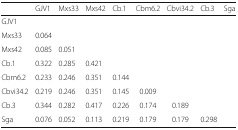
<table><thead><tr><td></td><td><b>GJV1</b></td><td><b>Mxs33</b></td><td><b>Mxs42</b></td><td><b>Cb.1</b></td><td><b>Cbm6.2</b></td><td><b>Cbvi34.2</b></td><td><b>Cb.3</b></td><td><b>Sga</b></td></tr></thead><tbody><tr><td>GJV1</td><td></td><td></td><td></td><td></td><td></td><td></td><td></td><td></td></tr><tr><td>Mxs33</td><td>0.064</td><td></td><td></td><td></td><td></td><td></td><td></td><td></td></tr><tr><td>Mxs42</td><td>0.085</td><td>0.051</td><td></td><td></td><td></td><td></td><td></td><td></td></tr><tr><td>Cb.1</td><td>0.322</td><td>0.285</td><td>0.421</td><td></td><td></td><td></td><td></td><td></td></tr><tr><td>Cbm6.2</td><td>0.233</td><td>0.246</td><td>0.351</td><td>0.144</td><td></td><td></td><td></td><td></td></tr><tr><td>Cbvi34.2</td><td>0.219</td><td>0.246</td><td>0.351</td><td>0.145</td><td>0.009</td><td></td><td></td><td></td></tr><tr><td>Cb.3</td><td>0.344</td><td>0.282</td><td>0.417</td><td>0.226</td><td>0.174</td><td>0.189</td><td></td><td></td></tr><tr><td>Sga</td><td>0.076</td><td>0.052</td><td>0.113</td><td>0.219</td><td>0.179</td><td>0.179</td><td>0.298</td><td></td></tr></tbody></table>